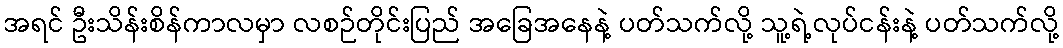
အရင် ဦးသိန်းစိန်ကာလမှာ လစဉ်တိုင်းပြည် အခြေအနေနဲ့ ပတ်သက်လို့ သူ့ရဲ့လုပ်ငန်းနဲ့ ပတ်သက်လို့